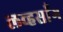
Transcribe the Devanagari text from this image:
लव्हसाँग